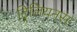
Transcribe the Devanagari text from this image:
ट्रिलियनस